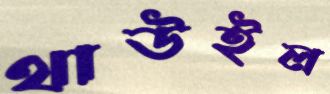
থাউইল